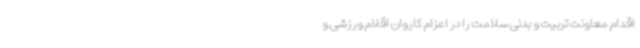
اقدام معاونت تربیت و بدنی سلامت را در اعزام کاروان اقلام ورزشی و